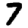
Digit: 7